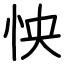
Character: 怏